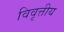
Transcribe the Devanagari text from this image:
विवृत्तीय